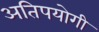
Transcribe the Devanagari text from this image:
अतिपयोगी